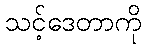
သင့်ဒေတာကို